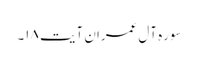
سوره آل‌ عمران آیت ۱۸۔